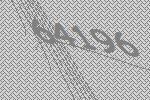
64196